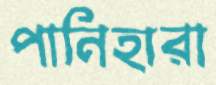
পানিহারা